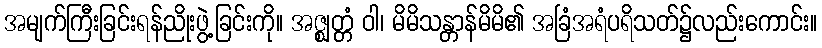
အမျက်ကြီးခြင်းရန်ညိုးဖွဲ့ခြင်းကို။ အဇ္ဈတ္တံ ဝါ၊ မိမိသန္တာန်မိမိ၏ အခြံအရံပရိသတ်၌လည်းကောင်း။